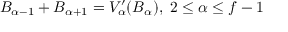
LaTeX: B _ { \alpha - 1 } + B _ { \alpha + 1 } = V _ { \alpha } ^ { \prime } ( B _ { \alpha } ) , \; 2 \leq \alpha \leq f - 1